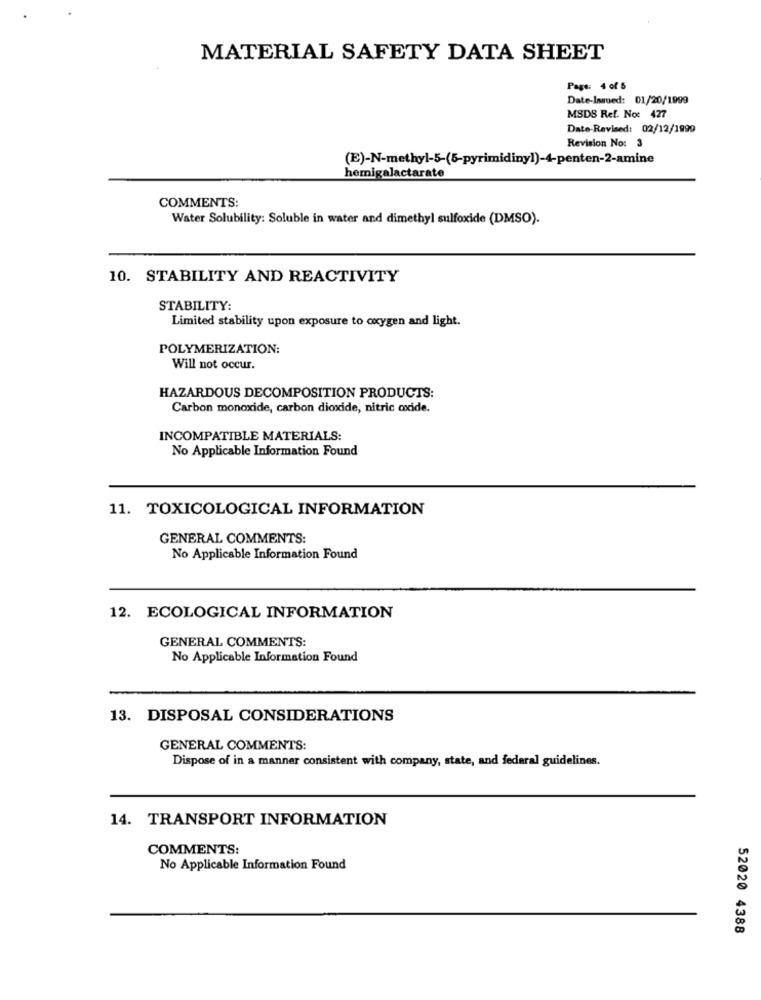
MATERIAL SAFETY DATA SHEET
Page: 4 of 5
Date-Issued: 01/20/1999
MSDS Ref. No: 427
Date-Revised: 02/12/1999
Revision No: 3
(E)-N-methyl-5-(5-pyrimidinyl)-4-penten-2-amine
hemigalactarate
COMMENTS:
Water Solubility: Soluble in water and dimethyl sulfoxide (DMSO).
10. STABILITY AND REACTIVITY
STABILITY:
Limited stability upon exposure to oxygen and light.
POLYMERIZATION:
Will not occur.
HAZARDOUS DECOMPOSITION PRODUCTS:
Carbon monoxide, carbon dioxide, nitric oxide.
INCOMPATIBLE MATERIALS:
No Applicable Information Found
11. TOXICOLOGICAL INFORMATION
GENERAL COMMENTS:
No Applicable Information Found
12. ECOLOGICAL INFORMATION
GENERAL COMMENTS:
No Applicable Information Found
13. DISPOSAL CONSIDERATIONS
GENERAL COMMENTS:
Dispose of in a manner consistent with company, state, and federal guidelines.
14. TRANSPORT INFORMATION
COMMENTS:
No Applicable Information Found
52020 4388